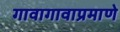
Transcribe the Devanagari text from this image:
गावागावाप्रमाणे